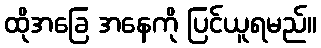
ထိုအခြေ အနေကို ပြင်ယူရမည်။